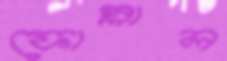
ফোস্‌লাল